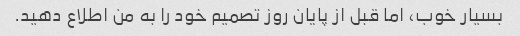
بسیار خوب، اما قبل از پایان روز تصمیم خود را به من اطلاع دهید.